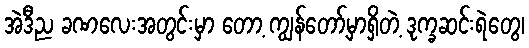
အဲဒီည ခဏလေးအတွင်းမှာ တော့ ကျွန်တော့်မှာရှိတဲ့ ဒုက္ခဆင်းရဲတွေ၊